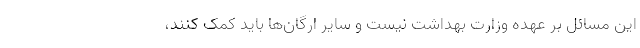
این مسائل بر عهده وزارت بهداشت نیست و سایر ارگان‌ها باید کمک کنند،